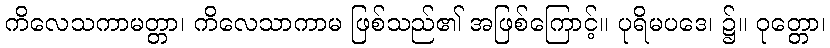
ကိလေသကာမတ္တာ၊ ကိလေသာကာမ ဖြစ်သည်၏ အဖြစ်ကြောင့်။ ပုရိမပဒေ၊ ၌။ ဝုတ္တော၊